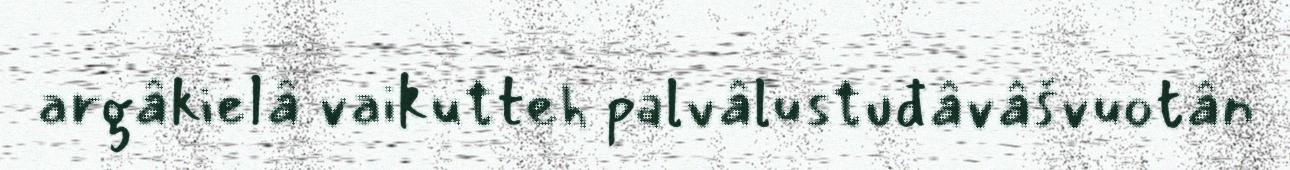
argâkielâ vaikutteh palvâlustuđâvâšvuotân